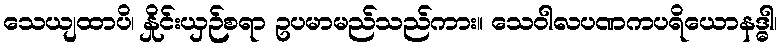
သေယျထာပိ၊ နှိုင်းယှဉ်စရာ ဥပမာမည်သည်ကား။ သေဝါလပဏကပရိယောနဒ္ဓါ၊